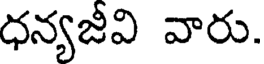
ధన్యజీవి వారు.